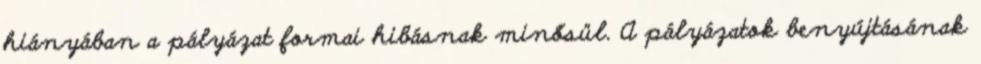
hiányában a pályázat formai hibásnak minősül. A pályázatok benyújtásának